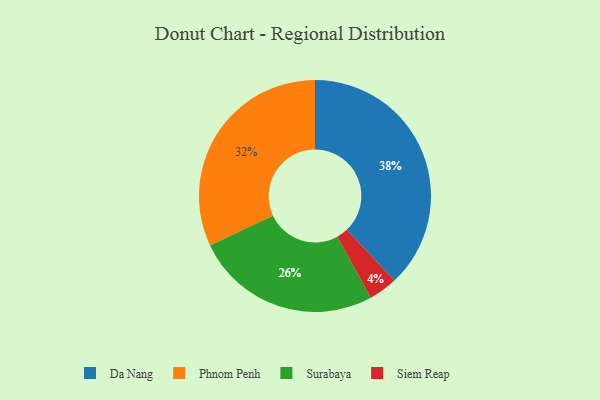
{"axis": {"x": "Category", "y": "Percentage"}, "legend": ["Da Nang", "Phnom Penh", "Siem Reap", "Surabaya"], "data": [{"x": "Da Nang", "y": 38, "type": "Da Nang"}, {"x": "Phnom Penh", "y": 32, "type": "Phnom Penh"}, {"x": "Siem Reap", "y": 4, "type": "Siem Reap"}, {"x": "Surabaya", "y": 26, "type": "Surabaya"}]}